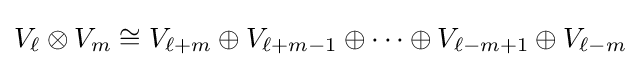
V_{\ell }\otimes V_{m}\cong V_{\ell +m}\oplus V_{\ell +m-1}\oplus \cdots \oplus V_{\ell -m+1}\oplus V_{\ell -m}